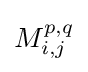
M_{i,j}^{p,q}